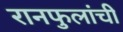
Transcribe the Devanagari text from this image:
रानफुलांची